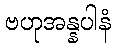
ဗဟုအန္နပါနံ